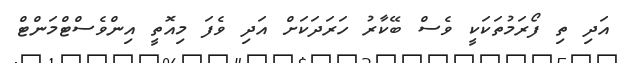
އަދި ތި ފޯރަމުތަކަކީ ވެސް ބޭކާރު ހަރަދަކަށް އަދި ވެފަ މިއޮތީ އިންވެސްޓްމަންޓް